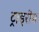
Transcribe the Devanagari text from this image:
ट्राइरीम